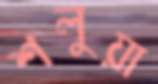
শলুয়া